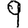
Digit: 9